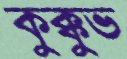
কুক্কুভ